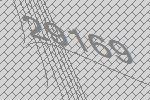
29169